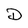
Character: D